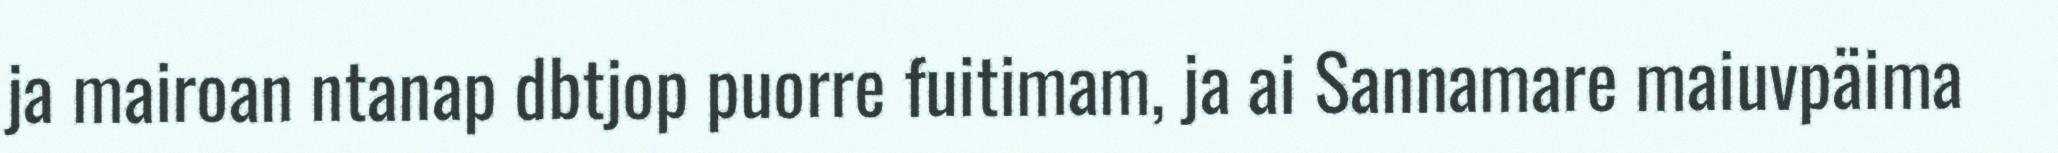
ja mairoan ntanap dbtjop puorre fuitimam, ja ai Sannamare maiuvpäima